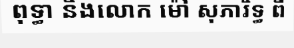
ពុទ្ធា និងលោក ម៉ៅ សុភារិទ្ធ ពី